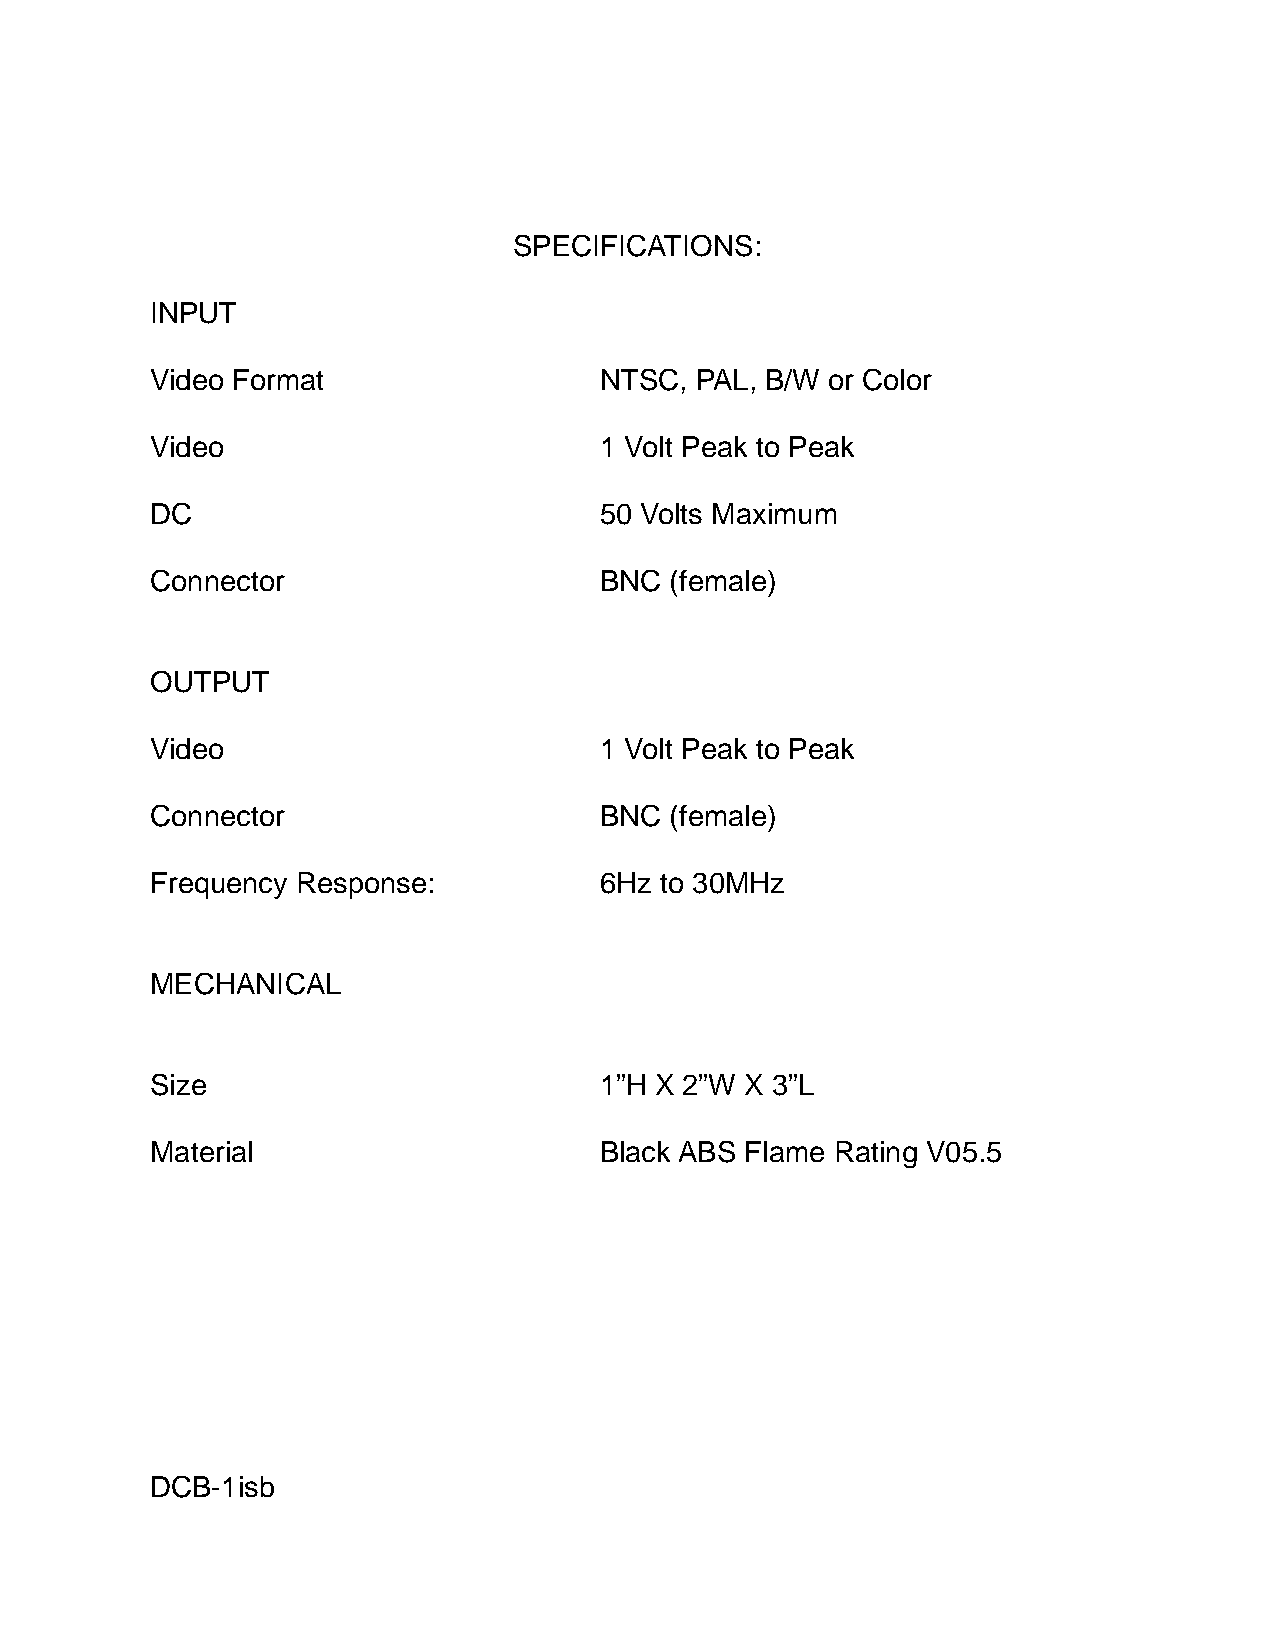
SPECIFICATIONS:
 INPUT
 Video Format                  NTSC, PAL, B/W or Color
 Video                         1 Volt Peak to Peak
 DC                            50 Volts Maximum
 Connector                     BNC (female)
 OUTPUT
 Video                         1 Volt Peak to Peak
 Connector                     BNC (female)
 Frequency Response:           6Hz to 30MHz
 MECHANICAL
 Size                          1”H X 2”W X 3”L
 Material                      Black ABS Flame Rating V05.5
 DCB-1isb